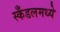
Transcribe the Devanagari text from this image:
स्कँडलमध्ये